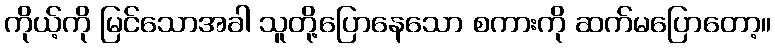
ကိုယ့်ကို မြင်သောအခါ သူတို့ပြောနေသော စကားကို ဆက်မပြောတော့။